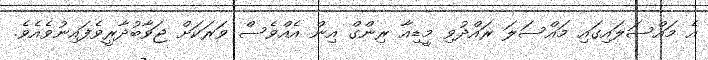
އެ މައްސަލައިގައި މައްސަލަ ރައްދުވި މީޑިއާ ރިންގް އިން އެއްވެސް ވަރަކަށް ޖަވާބުދާރީވެފައިނުވެއެވެ.